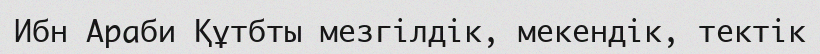
Ибн Араби Құтбты мезгілдік, мекендік, тектік